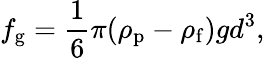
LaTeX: f_{\mathrm{g}}=\frac{1}{6}\pi(\rho_{\mathrm{p}}-\rho_{\mathrm{f}})gd^{3},